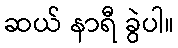
ဆယ် နာရီ ခွဲပါ။